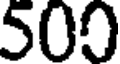
500